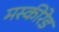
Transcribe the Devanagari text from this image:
मस्कीरेड